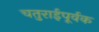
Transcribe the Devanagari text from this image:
चतुराईपूर्वक